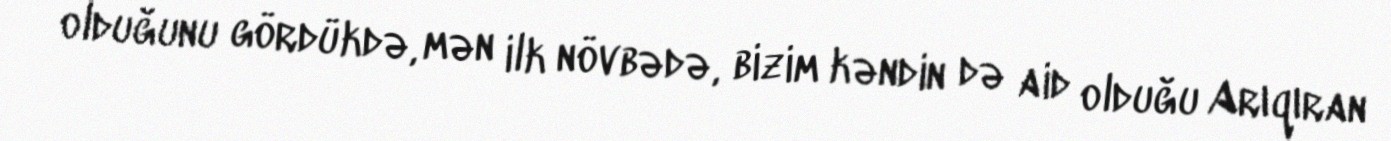
olduğunu gördükdə, mən ilk növbədə, bizim kəndin də aid olduğu Arıqıran